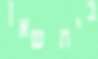
בית שאן